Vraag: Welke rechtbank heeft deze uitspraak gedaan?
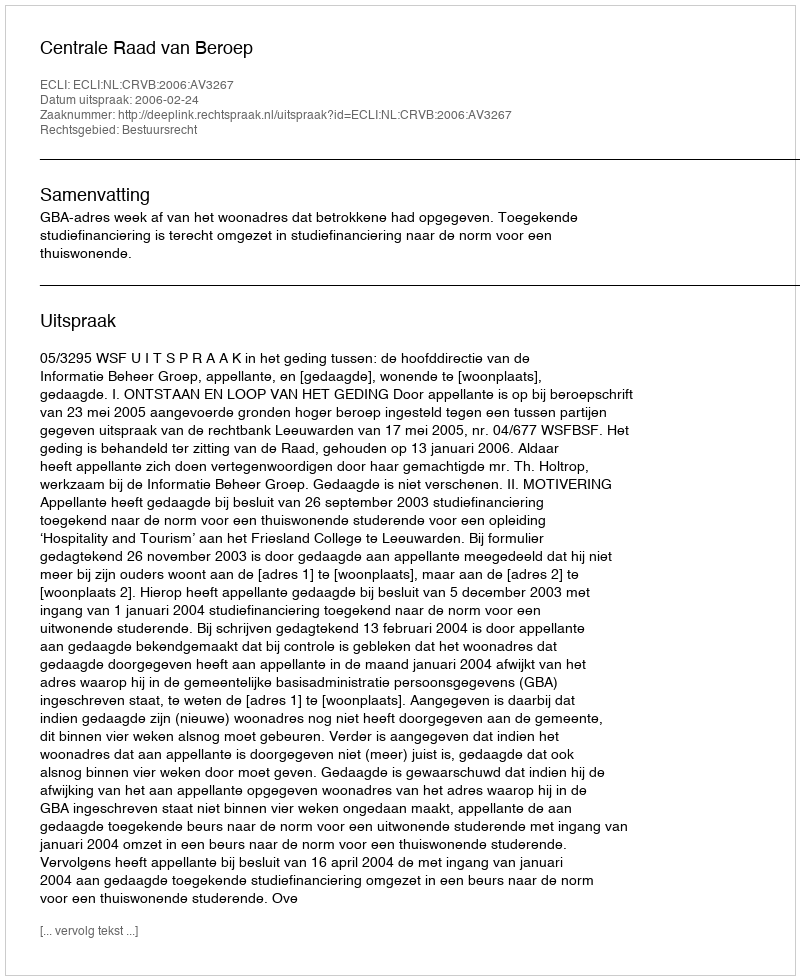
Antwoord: Centrale Raad van Beroep